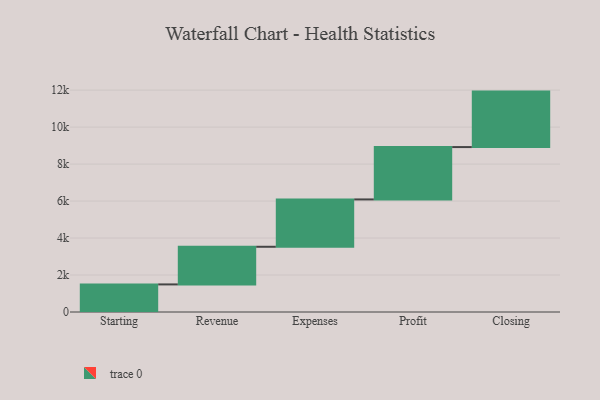
{"axis": {"x": "Step", "y": "Value"}, "legend": [""], "data": [{"x": "Starting", "y": 1492.0, "type": ""}, {"x": "Revenue", "y": 2036.0, "type": ""}, {"x": "Expenses", "y": 2560.0, "type": ""}, {"x": "Profit", "y": 2832.0, "type": ""}, {"x": "Closing", "y": 3000, "type": ""}]}